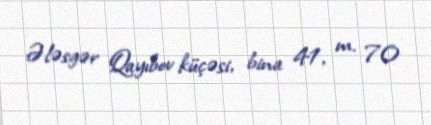
Ələsgər Qayıbov küçəsi, bina 41, m. 70